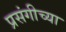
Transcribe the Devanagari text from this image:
प्रसंगीच्या